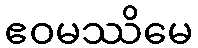
ဧဝမဿိမေ